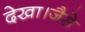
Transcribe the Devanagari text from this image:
देखा।जैसे